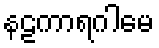
နဠကာရဂါမေ